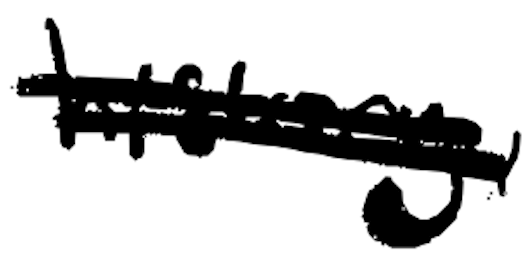
Text: history,
Cross-out: double-line
Writing tool: digital_black